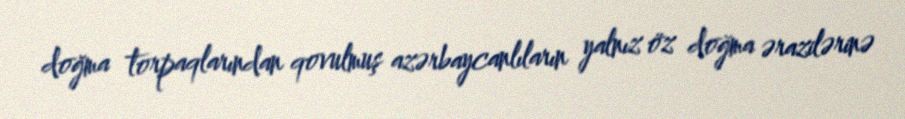
doğma torpaqlarından qovulmuş azərbaycanlıların yalnız öz doğma ərazilərinə